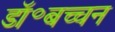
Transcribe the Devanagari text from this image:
डॉ॰बच्चन